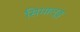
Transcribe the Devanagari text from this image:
सिमालुङु